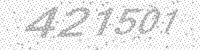
Solution: 421501